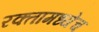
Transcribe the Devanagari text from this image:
रक्तामध्येच